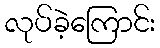
လုပ်ခဲ့ကြောင်း